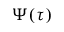
\Psi ( \tau )